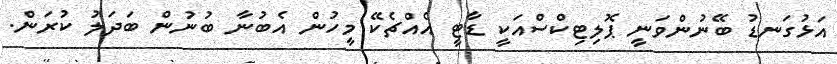
އަޅުގަނޑު ބޭނުންވަނީ ޕޮލިޓިކްސްއަކީ ޑާޓީ އެއްޗެކޭ މީހުން އެބުނާ ބުނުން ބަދަލު ކުރަން.